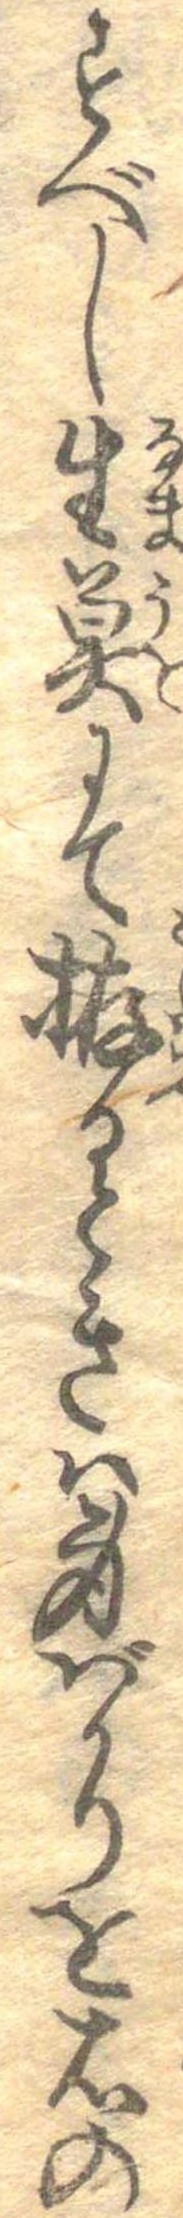
すべし生魚にて拵るときは身ばかりを右の